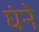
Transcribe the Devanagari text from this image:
घंने